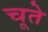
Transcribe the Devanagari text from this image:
चूते